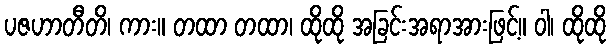
ပဇဟာတီတိ၊ ကား။ တထာ တထာ၊ ထိုထို အခြင်းအရာအားဖြင့်။ ဝါ၊ ထိုထို